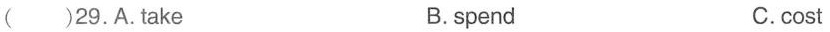
( )29.A.take B.spend C.cost